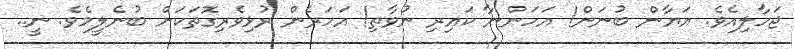
ޖަހާލިއެވެ. އަޔާން ބުނަން! އަހަންނާ ކައިރި ނުވާތި! އަހަރެން ރުޅިވެރިގޮތަކަށް ބުނެލީމެވެ. ނީ..